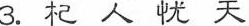
3.杞人忧天